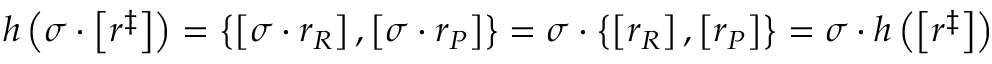
h \left( \sigma \cdot \left[ r ^ { \ddag } \right] \right) = \left\{ \left[ \sigma \cdot r _ { R } \right] , \left[ \sigma \cdot r _ { P } \right] \right\} = \sigma \cdot \left\{ \left[ r _ { R } \right] , \left[ r _ { P } \right] \right\} = \sigma \cdot h \left( \left[ r ^ { \ddag } \right] \right)